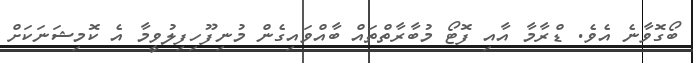
ބޯގޮވާނެ އެވެ. ޑްރާމާ އާއި ފޮޓޯ މުބާރާތްތައް ބާއްވައިގެން މުނިފޫހިފިލުވީމާ އެ ކޮމިޝަނަކަށް